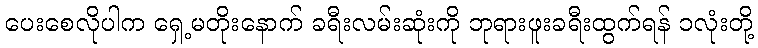
ပေးစေလိုပါက ရှေ့မတိုးနောက် ခရီးလမ်းဆုံးကို ဘုရားဖူးခရီးထွက်ရန် ၁လုံးတို့